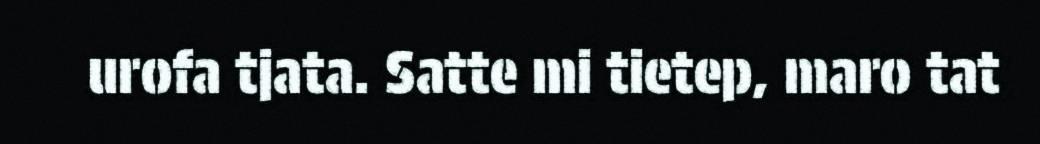
urofa tjata. Satte mi tietep, maro tat